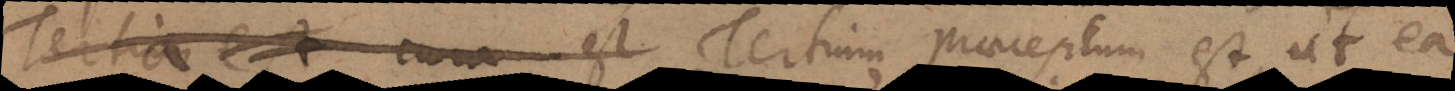
Tertia cura est Tertium praeceptum est, ut ea